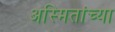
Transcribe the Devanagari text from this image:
अस्मितांच्या